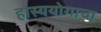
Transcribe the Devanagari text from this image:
हास्ययोगाचा